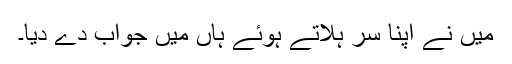
میں نے اپنا سر ہلاتے ہوئے ہاں میں جواب دے دیا۔